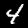
Digit: 4